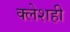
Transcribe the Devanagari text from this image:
क्लेशही